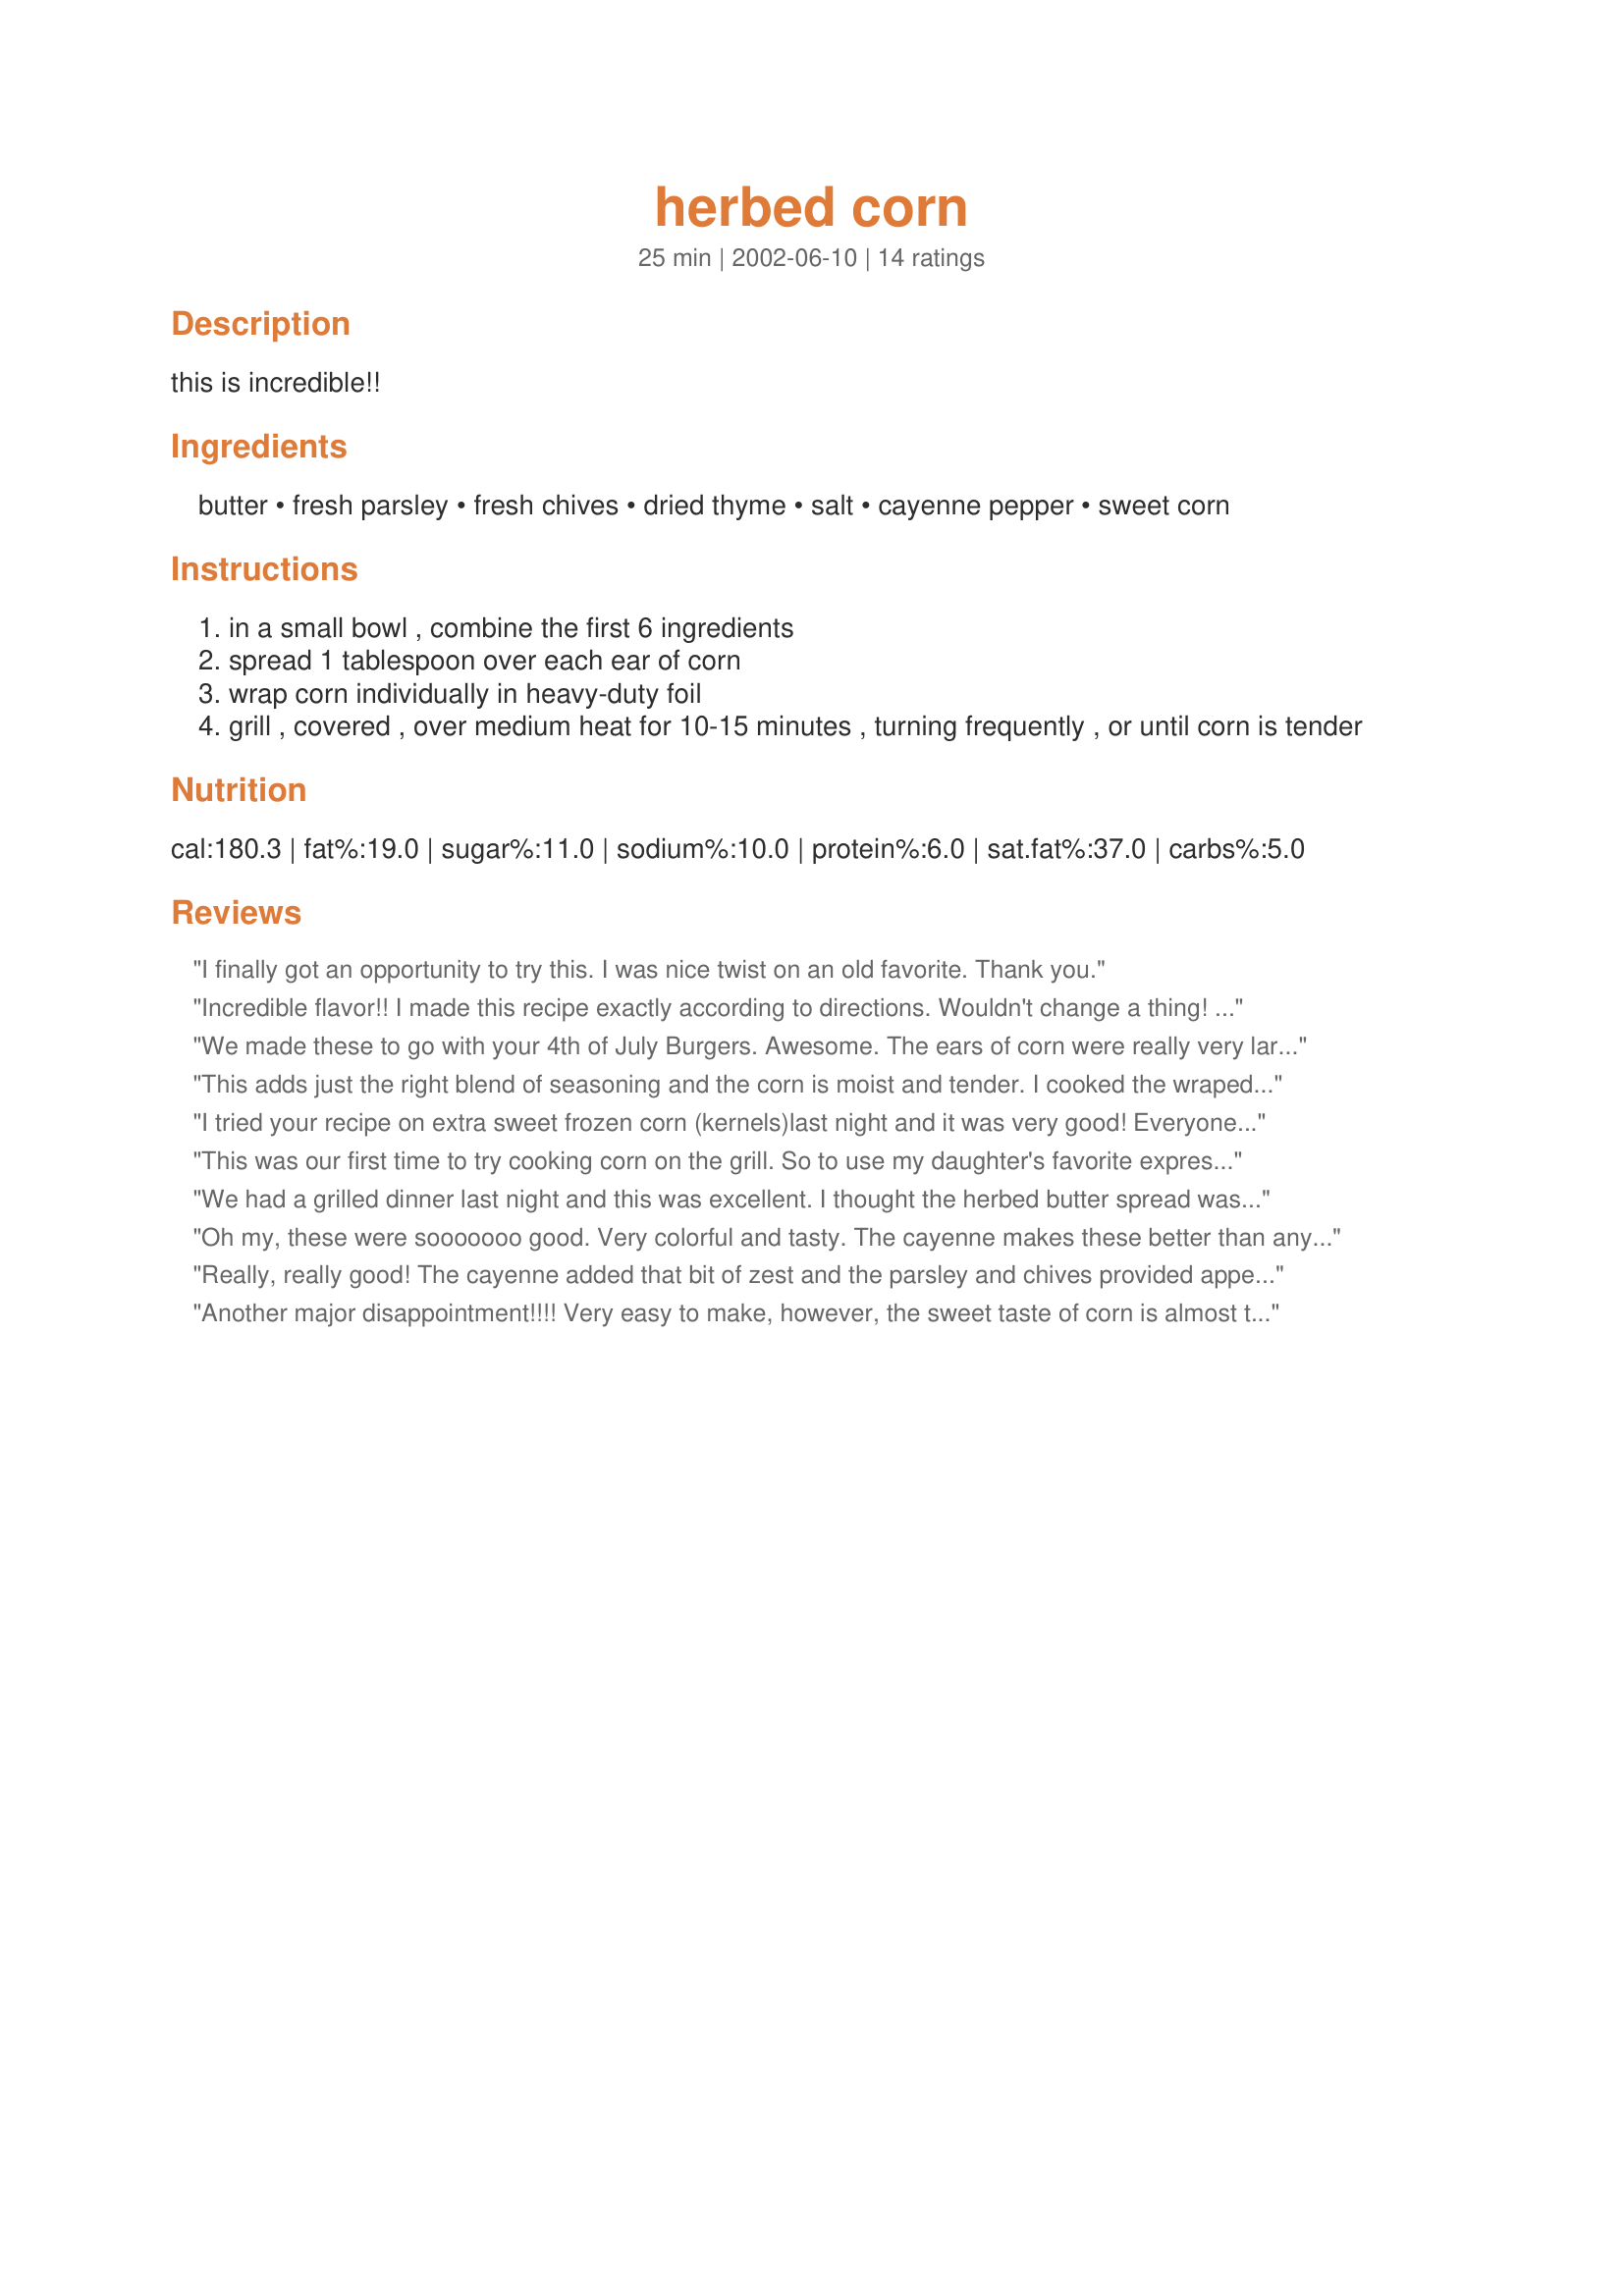
herbed corn
Preparation time: 25 minutes

this is incredible!!

Ingredients:
butter, fresh parsley, fresh chives, dried thyme, salt, cayenne pepper, sweet corn

Steps:
in a small bowl , combine the first 6 ingredients
spread 1 tablespoon over each ear of corn
wrap corn individually in heavy-duty foil
grill , covered , over medium heat for 10-15 minutes , turning frequently , or until corn is tender

Reviews:
I finally got an opportunity to try this. I was nice twist on an old favorite. Thank you.
Incredible flavor!! I made this recipe exactly according to directions. Wouldn't change a thing! We really loved the cayenne pepper in this. I served this with rib-eye steaks from the grill. Added a plate of fresh veggie sticks. A very easy meal. Thanks Nurse Di!!
We made these to go with your 4th of July Burgers. Awesome. The ears of corn were really very large so we doubled the ingredients and it worked out fine. These are loaded with flavor and the cayenne really adds just the right amount of spice. A wonderful BBQ recipe. Thanks Nurse Di.
This adds just the right blend of seasoning and the corn is moist and tender. I cooked the wraped corn in the oven at 450 degrees for about 25 minutes. It was perfect with my Memphis Style Baby Back Ribs #98940. 

I tried your recipe on extra sweet frozen corn (kernels)last night and it was very good! Everyone who ate it liked it...the only one who didn't was my 2-year old daughter-she refuses to eat anything with "leaves" in it!
This was our first time to try cooking corn on the grill. So to use my daughter's favorite expression--FANTABULOUS!!! The herb-butter mixture was very good in flavor and made the ears of corn colorful. The corn was juicy and tender and the best in our opinion. From now on, this is the only way I want to cook fresh corn on the cob. Thanks ;)
We had a grilled dinner last night and this was excellent. I thought the herbed butter spread was perfect and we really liked the zing of the cayenne. Very colorful and easy to make. We also grilled pork chops and your Campfire Potatoes. It was an awesome meal. Thanks.
Oh my, these were sooooooo good. Very colorful and tasty. The cayenne makes these better than any grilled corn I have tried. Excellent idea. Thanks Nurse Di.
Really, really good! The cayenne added that bit of zest and the parsley and chives provided appetizing color. Took no time at all to prepare, threw them on the grill with the burgers, served them with my wife's potato salad and presto! A patio lunch that was great.
Another major disappointment!!!! Very easy to make, however, the sweet taste of corn is almost totally disguised and not enhanced at all. Hubby was scraping off the parsely and chives and was not impressed at all. I shall stick to boiling or grilling corn in their husks and using butter, salt and pepper only from now on.
Nice change to regular cob corn. Instead of chives I used green onion and had no parsley.
This is an excellent way to cook corn on the cob. Very delicious. I spread the butter mixture pretty heavily over 6 ears of corn. The herbs and cayenne were excellent in flavor. My family gave this an all-around 5-stars. Thanks Nurse Di.
OH WOW!! This was so easy and the taste was yummy. I used my own garden-grown herbs. The cayenne, which we love, gave it just the right amount of zippiness. We grilled this along with some chicken and just added a green salad. Perfect summer meal. Smiles all around :)
I actually had to go about doing this in a creative way since it is still winter lol. I took my corn, boiled it for just a few minutes to get the cooking started. Spread the mixture over the corn, wrapped it, let it sit for 15 minutes for flavors to meld (if thats possible with corn??? lol) and then threw them under the broiler. Halfway through, I uncovered and continued to broil. We had lovely corn with a bit of that grill look and a lovely taste. Im sure it would be even better off of the grill :) Thanks for the recipe!!! Will be making this again. When the grills open up here in my complex, I will make them the "right" way~!
